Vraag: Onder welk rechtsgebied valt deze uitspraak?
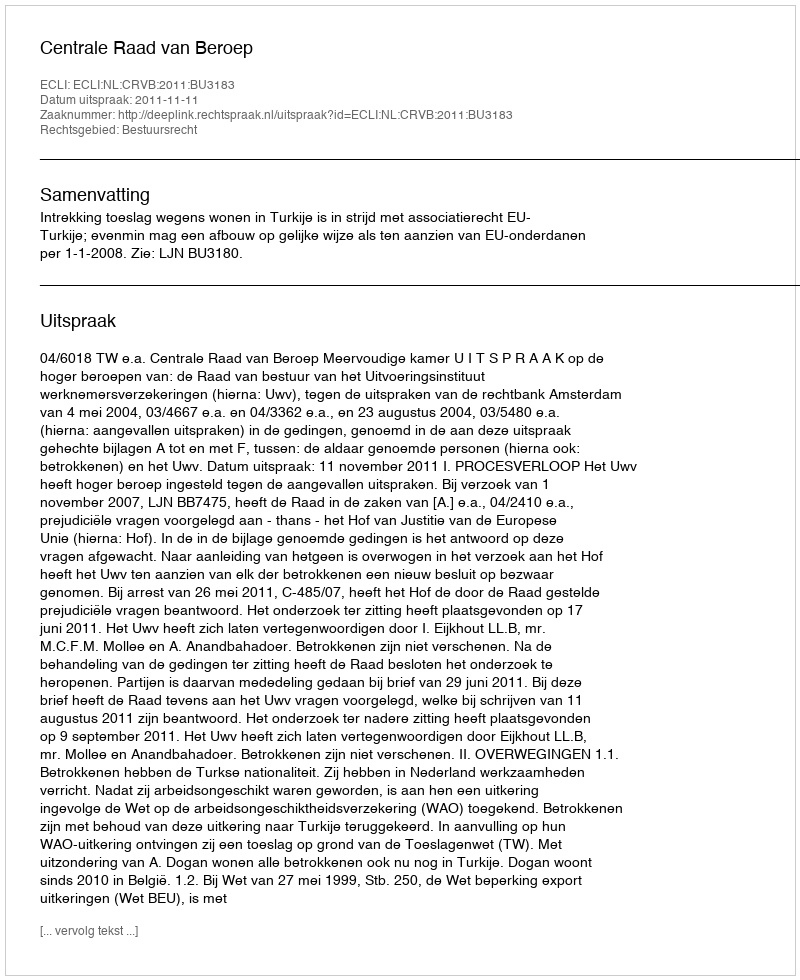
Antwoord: Bestuursrecht